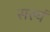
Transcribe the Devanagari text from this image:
सस्यं